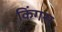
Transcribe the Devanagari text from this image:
किंगस